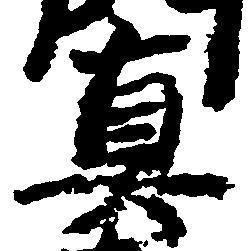
真